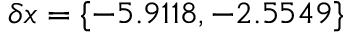
\delta x = \{ - 5 . 9 1 1 8 , - 2 . 5 5 4 9 \}